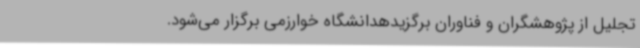
تجلیل از پژوهشگران و فناوران برگزیدهدانشگاه خوارزمی برگزار می‌شود.